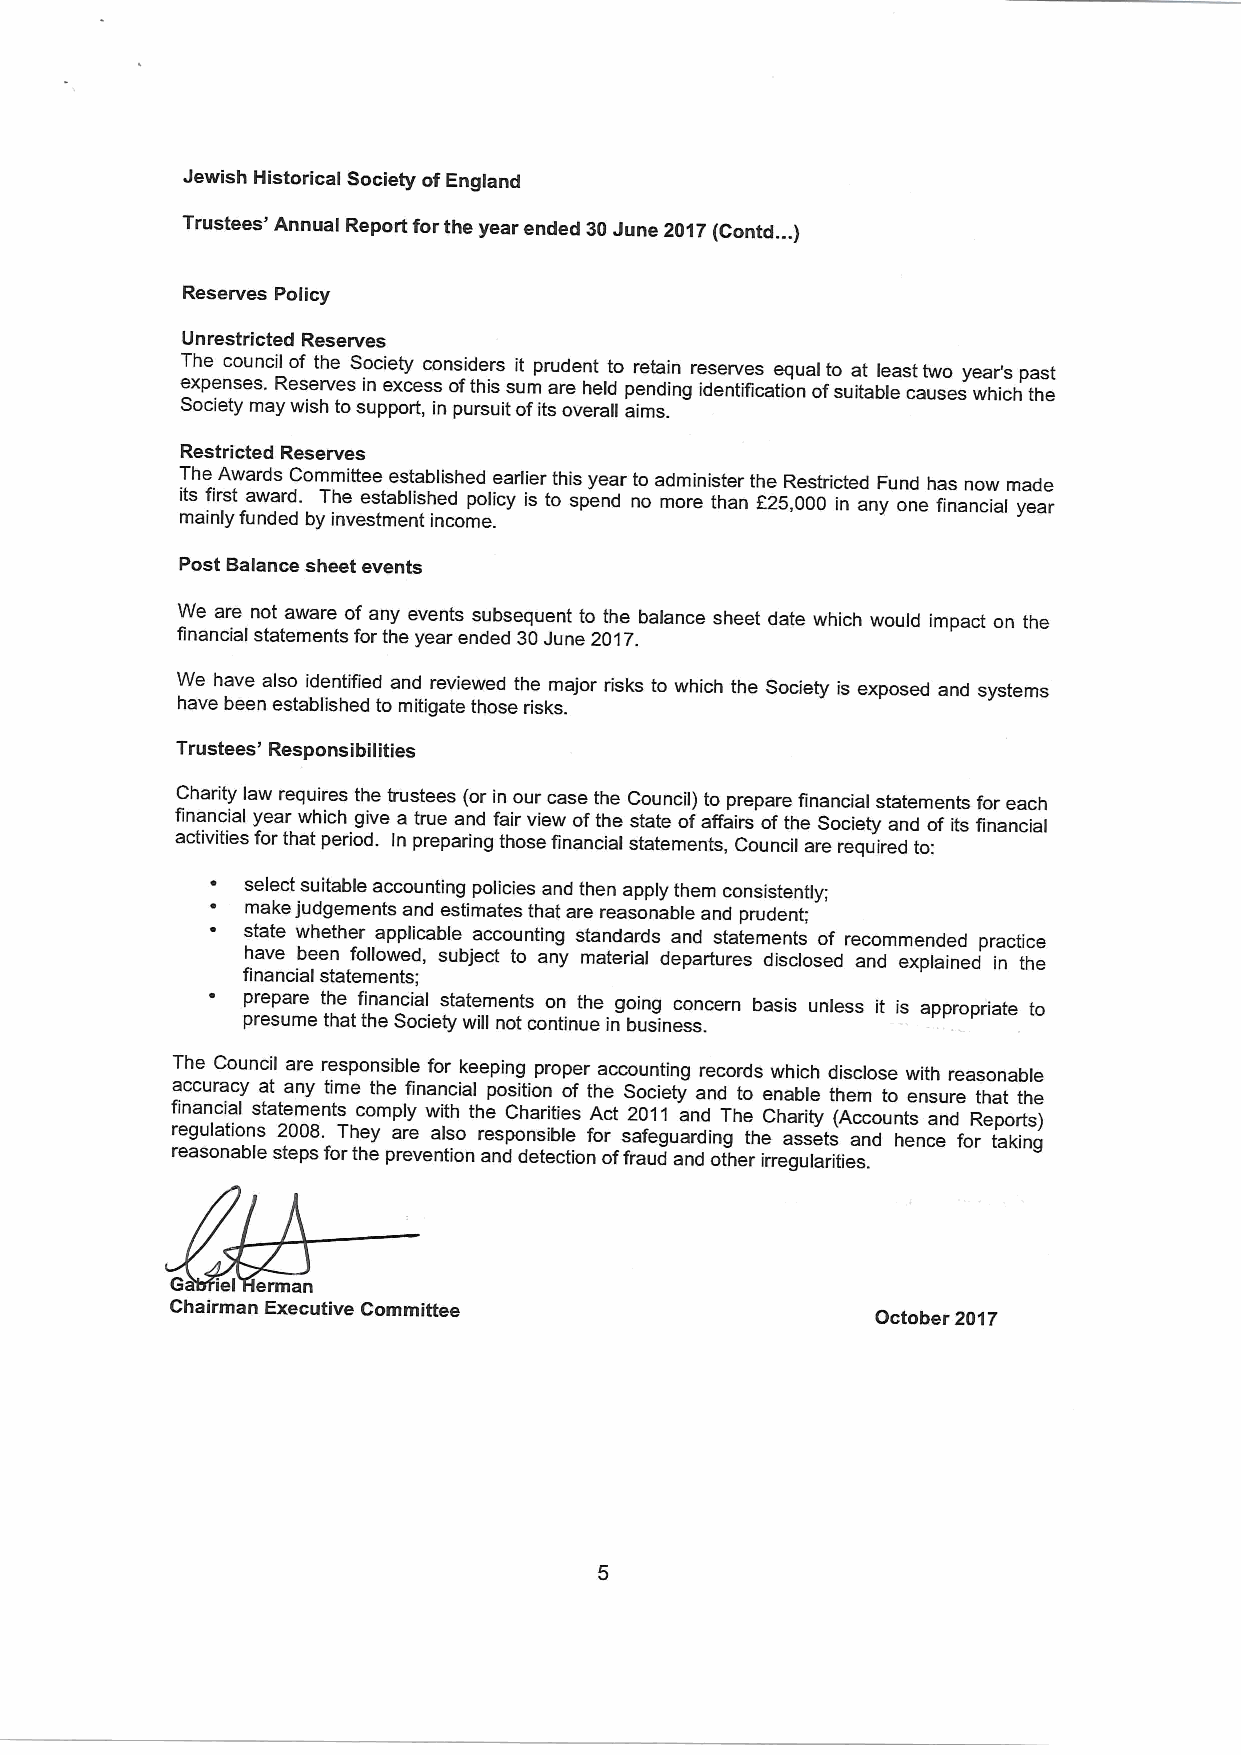
Jewish Historical Society ofEngland
 Trustees' Annual Report forthe year ended 30June 2017(Contd. . )
 Reserves Policy
 Unrestricted Reserves
 The council of the Society considers it prudent to retain reserves equal to at least two year's past
 expenses. Reserves in excess ofthis sum are held pending identification ofsuitable causes which the
 Society may wish tosupport, in pursuit ofits overall aims.
 Restricted Reserves
 The Awards Committee established earlier this year to administer the Restricted Fund has now made
 its first award. The established policy is to spend no more than f25,000 in any one financial year
 mainly funded by investment income.
 Post Balance sheet events
 We are not aware of any events subsequent to the balance sheet date which would impact on the
 financial statements for the year ended 30June 2017.
 We have also identified and reviewed the major risks to which the Society is exposed and systems
 have been established to mitigate those risks.
 Trustees' Responsibilities
 Charity law requires the trustees (or in our case the Council) to prepare financial statements for each
 financial year which give a true and fair view ofthe state ofaffairs ofthe Society and of its financial
 activities for that period. In preparing those financial statements, Council are required to:
 select suitable accounting policies and then apply them consistently;
 make judgements and estimates that are reasonable and prudent;
 state whether applicable accounting standards and statements of recommended practice
 have been followed, subject to any material departures disclosed and explained in the
 financial statements;
 prepare the financial statements on the going concern basis unless it is appropriate to
 presume that the Society will not continue in business.
 The Council are responsible for keeping proper accounting records which disclose with reasonable
 accuracy at any time the financial position of the Society and to enable them to ensure that the
 financial statements comply with the Charities Act 2011 and The Charity (Accounts and Reports)
 regulations 2008. They are also responsible for safeguarding the assets and hence for taking
 reasonable steps forthe prevention and detection offraud and other irregularities.
 G  iel erman
 Chairman Executive Committee
 October 2017